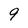
Character: 9